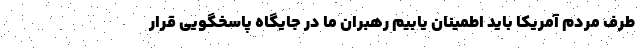
طرف مردم آمریکا باید اطمینان یابیم رهبران ما در جایگاه پاسخگویی قرار